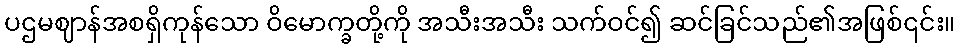
ပဌမဈာန်အစရှိကုန်သော ဝိမောက္ခတို့ကို အသီးအသီး သက်ဝင်၍ ဆင်ခြင်သည်၏အဖြစ်၎င်း။